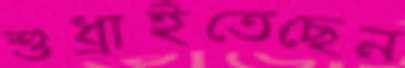
শুধ্‌রাইতেছেন